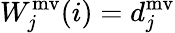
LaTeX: W_{j}^{\mathrm{mv}}(i)=d_{j}^{\mathrm{mv}}